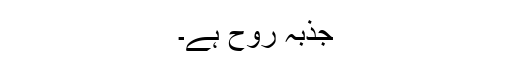
جذبہ روح ہے۔